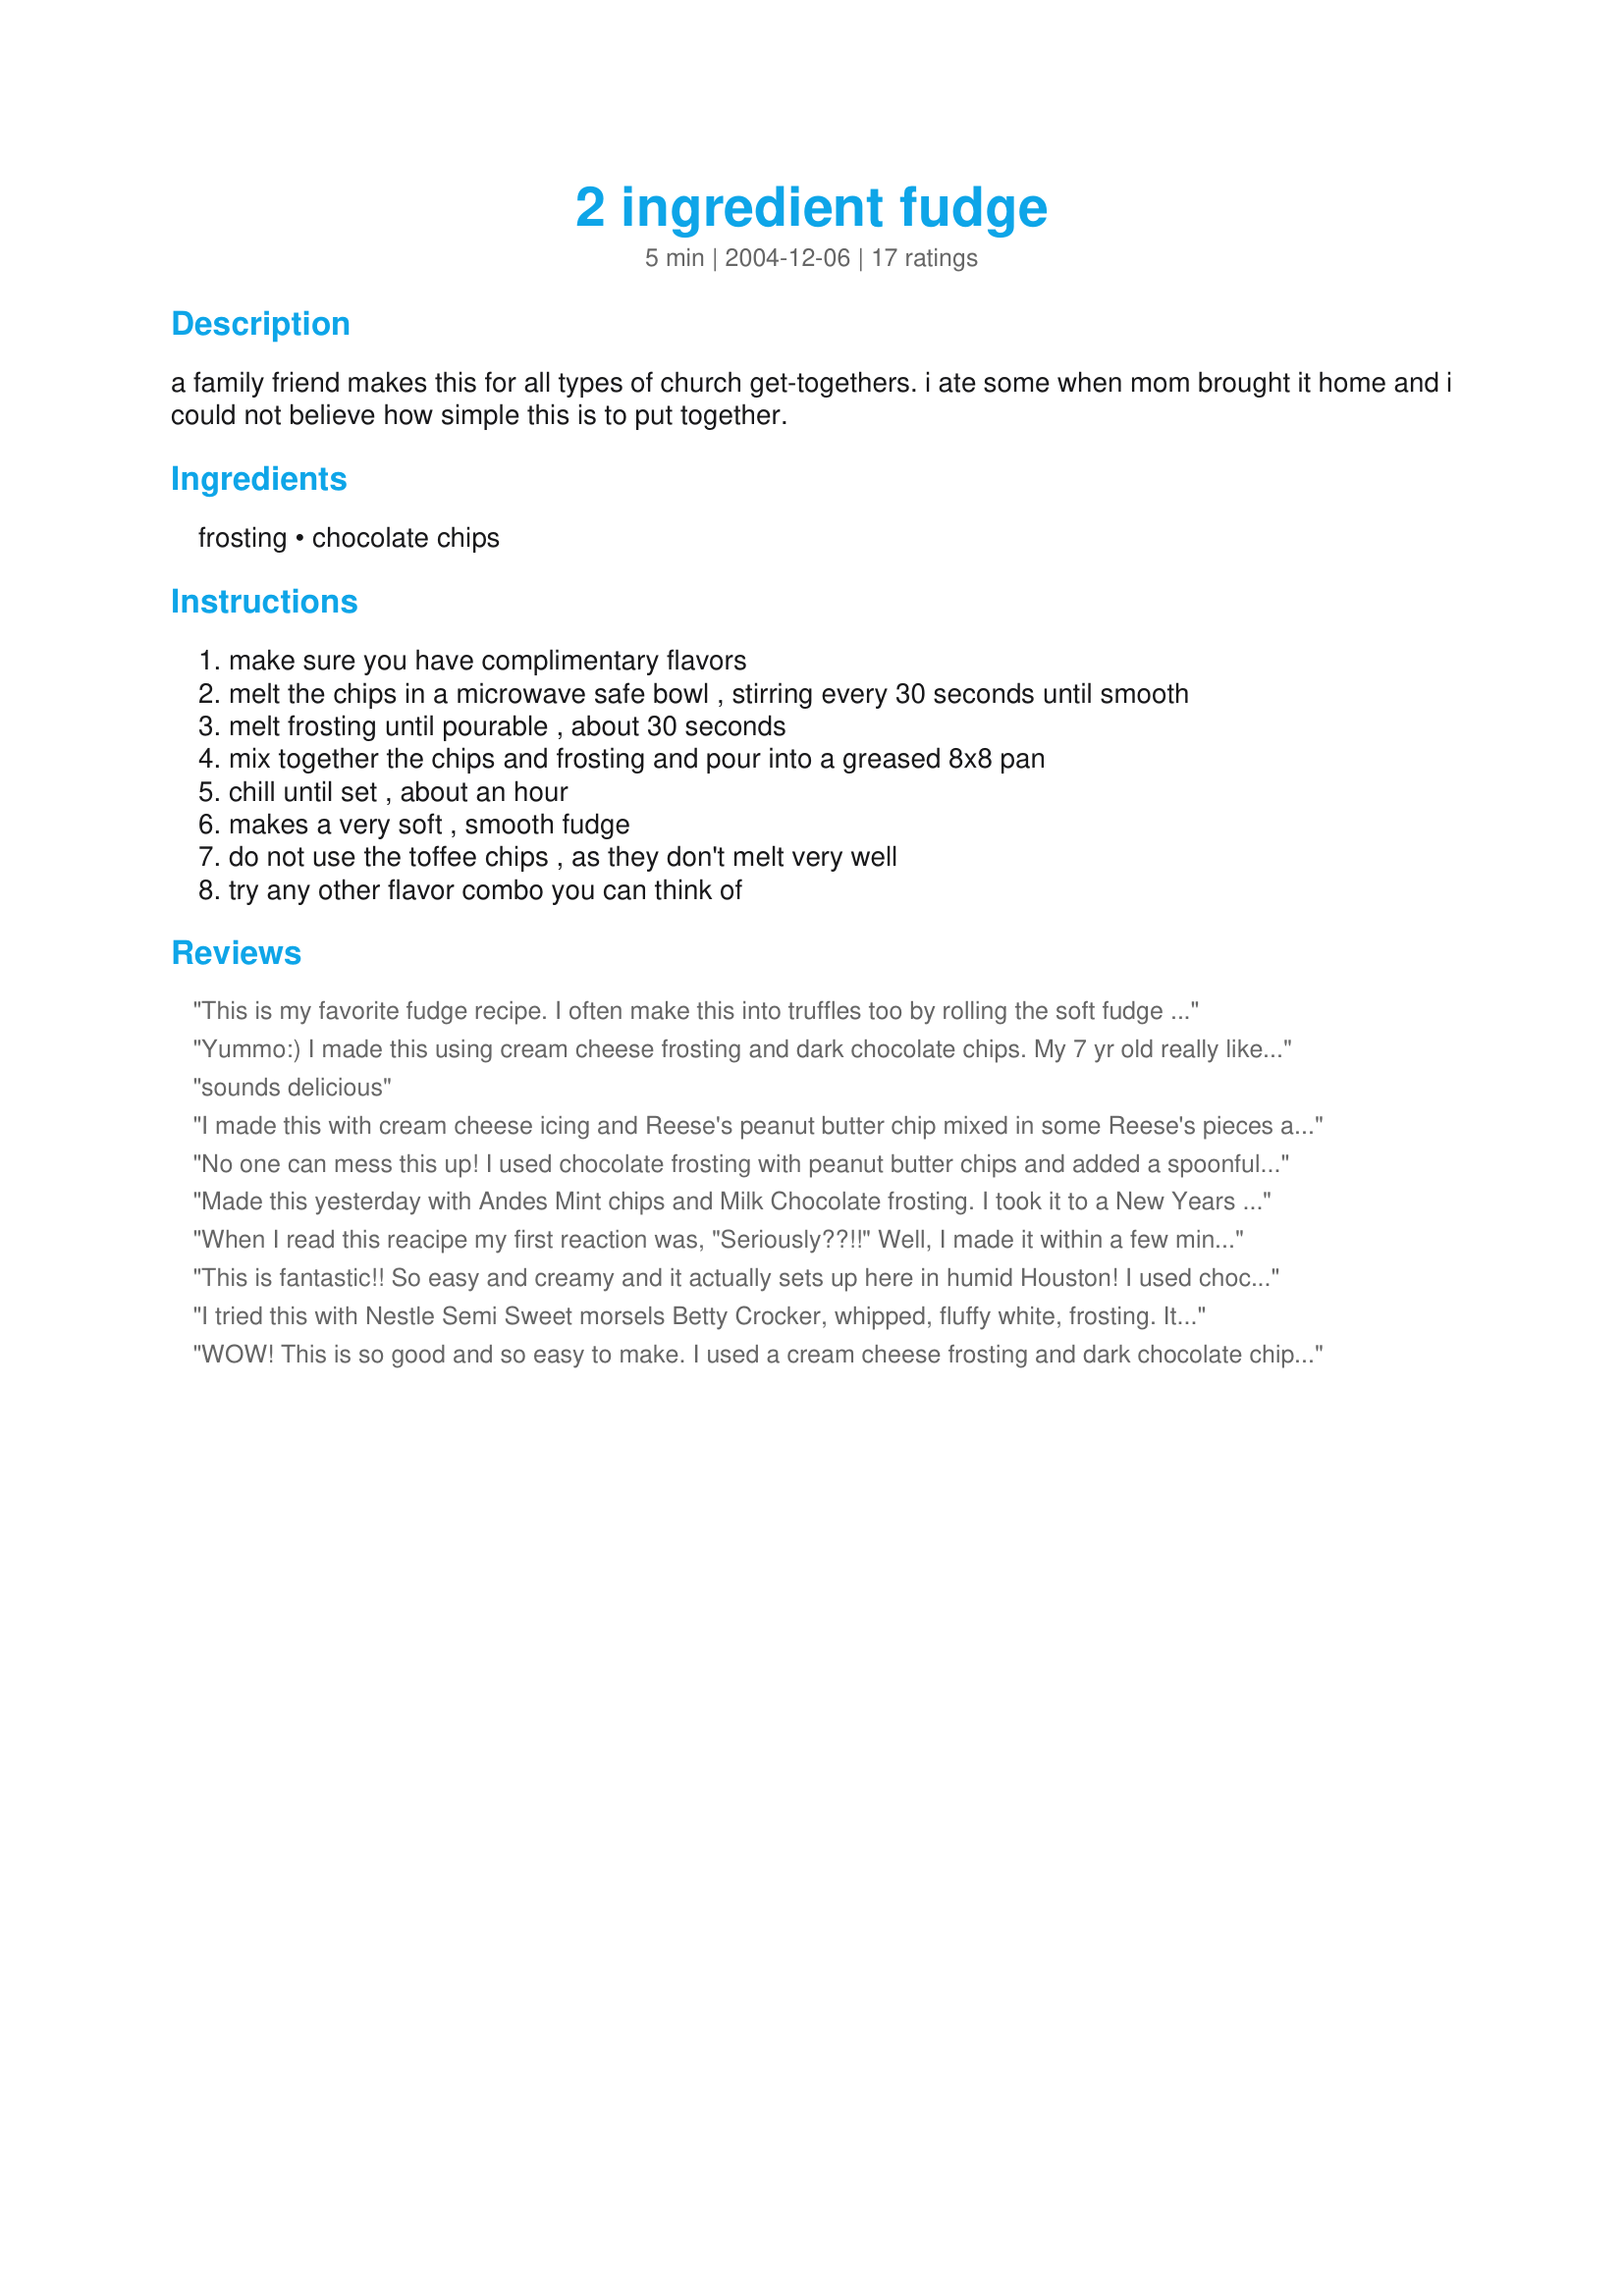
2 ingredient fudge
Preparation time: 5 minutes

a family friend makes this for all types of church get-togethers. i ate some when mom brought it home and i could not believe how simple this is to put together.

Ingredients:
frosting, chocolate chips

Steps:
make sure you have complimentary flavors, melt the chips in a microwave safe bowl , stirring every 30 seconds until smooth, melt frosting until pourable , about 30 seconds, mix together the chips and frosting and pour into a greased 8x8 pan, chill until set , about an hour, makes a very soft , smooth fudge, do not use the toffee chips , as they don't melt very well, try any other flavor combo you can think of

Reviews:
This is my favorite fudge recipe. I often make this into truffles too by rolling the soft fudge into balls and into some sprinkles or nuts. I use all sorts of variations. Over the years, I've used all sorts of things in this recipe, including mint chocolate frosting, peanut butter swirl chocolate chips, mint chocolate chips, and more. It is delicious and always a crowd pleaser.
Yummo:) I made this using cream cheese frosting and dark chocolate chips. My 7 yr old really liked it and Im going to take most of it to work so I dont eat it all myself! I have strawberry frosting and I think white chocolate would go great with it. So many combos to try! Thanks again:)
sounds delicious
I made this with cream cheese icing and Reese's peanut butter chip mixed in some Reese's pieces and put some pieces on top for Reese's peanut butter fudge. It was amazing every one loved it I can't wait to create more flavors for Christmas! I never knew I could make fudge and I am not telling anyone about this recipe!
No one can mess this up! I used chocolate frosting with peanut butter chips and added a spoonful of natural peanut butter. People at work loved it!
Made this yesterday with Andes Mint chips and Milk Chocolate frosting. I took it to a New Years Eve gathering and everyone loved it! It would have been pretty with crushed peppermint candy on top. I had seen this on a cooking newsletter that I receive and many were having trouble with it "setting up". For this batch, I decided to melt only the chips and pour them into the frosting. The fudge firmed in the refrigerator in less than an hour, was very firm when cut and plated, and still held its shape nicely while at room temperature on the cookie plate. It was soft with a creamy texture....and the taste....divine!
(It was suggested on the newsletter that you could stir 1/2 cup of sifted confectioner's sugar into the frosting before adding the melted chips if you continue to have difficulties with it setting up). You are right...there are countless combinations to try and you could stir in chopped nuts, or layer two fudges for a pretty effect too. Thanks for sharing this recipe. It seems too easy to be true! I'll be making this again for quick and easy entertaining.
When I read this reacipe my first reaction was, "Seriously??!!" Well, I made it within a few minutes of reading it and it was half gone by the next morning. Very good (enough to take somewhere) and definitely easy enough to make in a pinch. Might try it w/ Andes mint chips next time. Thanks for sharing!
This is fantastic!! So easy and creamy and it actually sets up here in humid Houston! I used chocolate frosting and semi-sweet chocolate chips and it turned out wonderful...rich and creamy and oh so yummy! Thanks for posting such a wonderful recipe, Foxy!
I tried this with Nestle Semi Sweet morsels Betty Crocker, whipped, fluffy white, frosting. It was real easy to make but the taste and texture is not nice. <br/><br/>The texture is an odd sort of gummy & chalky at the same time. I will try it again using milk chocolate morsels and the cream cheese frosting as others have noted, but just based on what I made today it was a waste of ingredients - in my opinion.
WOW! This is so good and so easy to make. I used a cream cheese frosting and dark chocolate chips. It came out smooth and very rich. I also added cinnamon and some vanilla to the mix. Thank you for sharing.
So smooth and creamy! And SO easy to make! Finally I have found a way to use up left over frosting. I just half the recipe and we have a small pan of fudge for the two of us. No more half containers of frosting hanging around just to be binned a month later! :) Thanks the the idea! :)
Because this is so sweet, I use Ghiradelli bittersweet chocolate chips with cream cheese frosting... fantastic combination.
This is really simple to make and tastes really good. You just have to make sure you don&#039;t burn the chooclate.
I made this with store brand milk chocolate frosting and semi-sweet chocolate chips. I do not like any fudge but the kids loved it. It tasted better the next day. Very simple to make. Thanks for the recipe.
This is very good and set up very well. I cannot really make candy that well so i look for easy recipes for the holidays. This was perfect, my hubby loved it and he does not like sweets. This sets up better than the chocolate chip/condensed milk version i have been using. Thanks!
I found a recipe just like this on Pinterest and it is freakin&#039; awesome!! I made some for the super bowl (yeah Broncos!!!) yesterday with peanut butter chips and chocolate frosting (the regular one, not the whipped one). I just melted the chips in a glass bowl, over a pan of boiling water (like a double boiler), then added the frosting and melted/mixed it all together once the chips were melted. This was really easy and really good, and there are so many possibilities!
This is absolutely the EASIEST fudge I've ever made! I used milk chocolate frosting and Andes mint chips and this made the best chocolate mint fudge I've ever had! I included it in my fudge assortment that I made for my co-workers. It's pictured in the front on the left in my photo.
